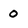
Character: 0